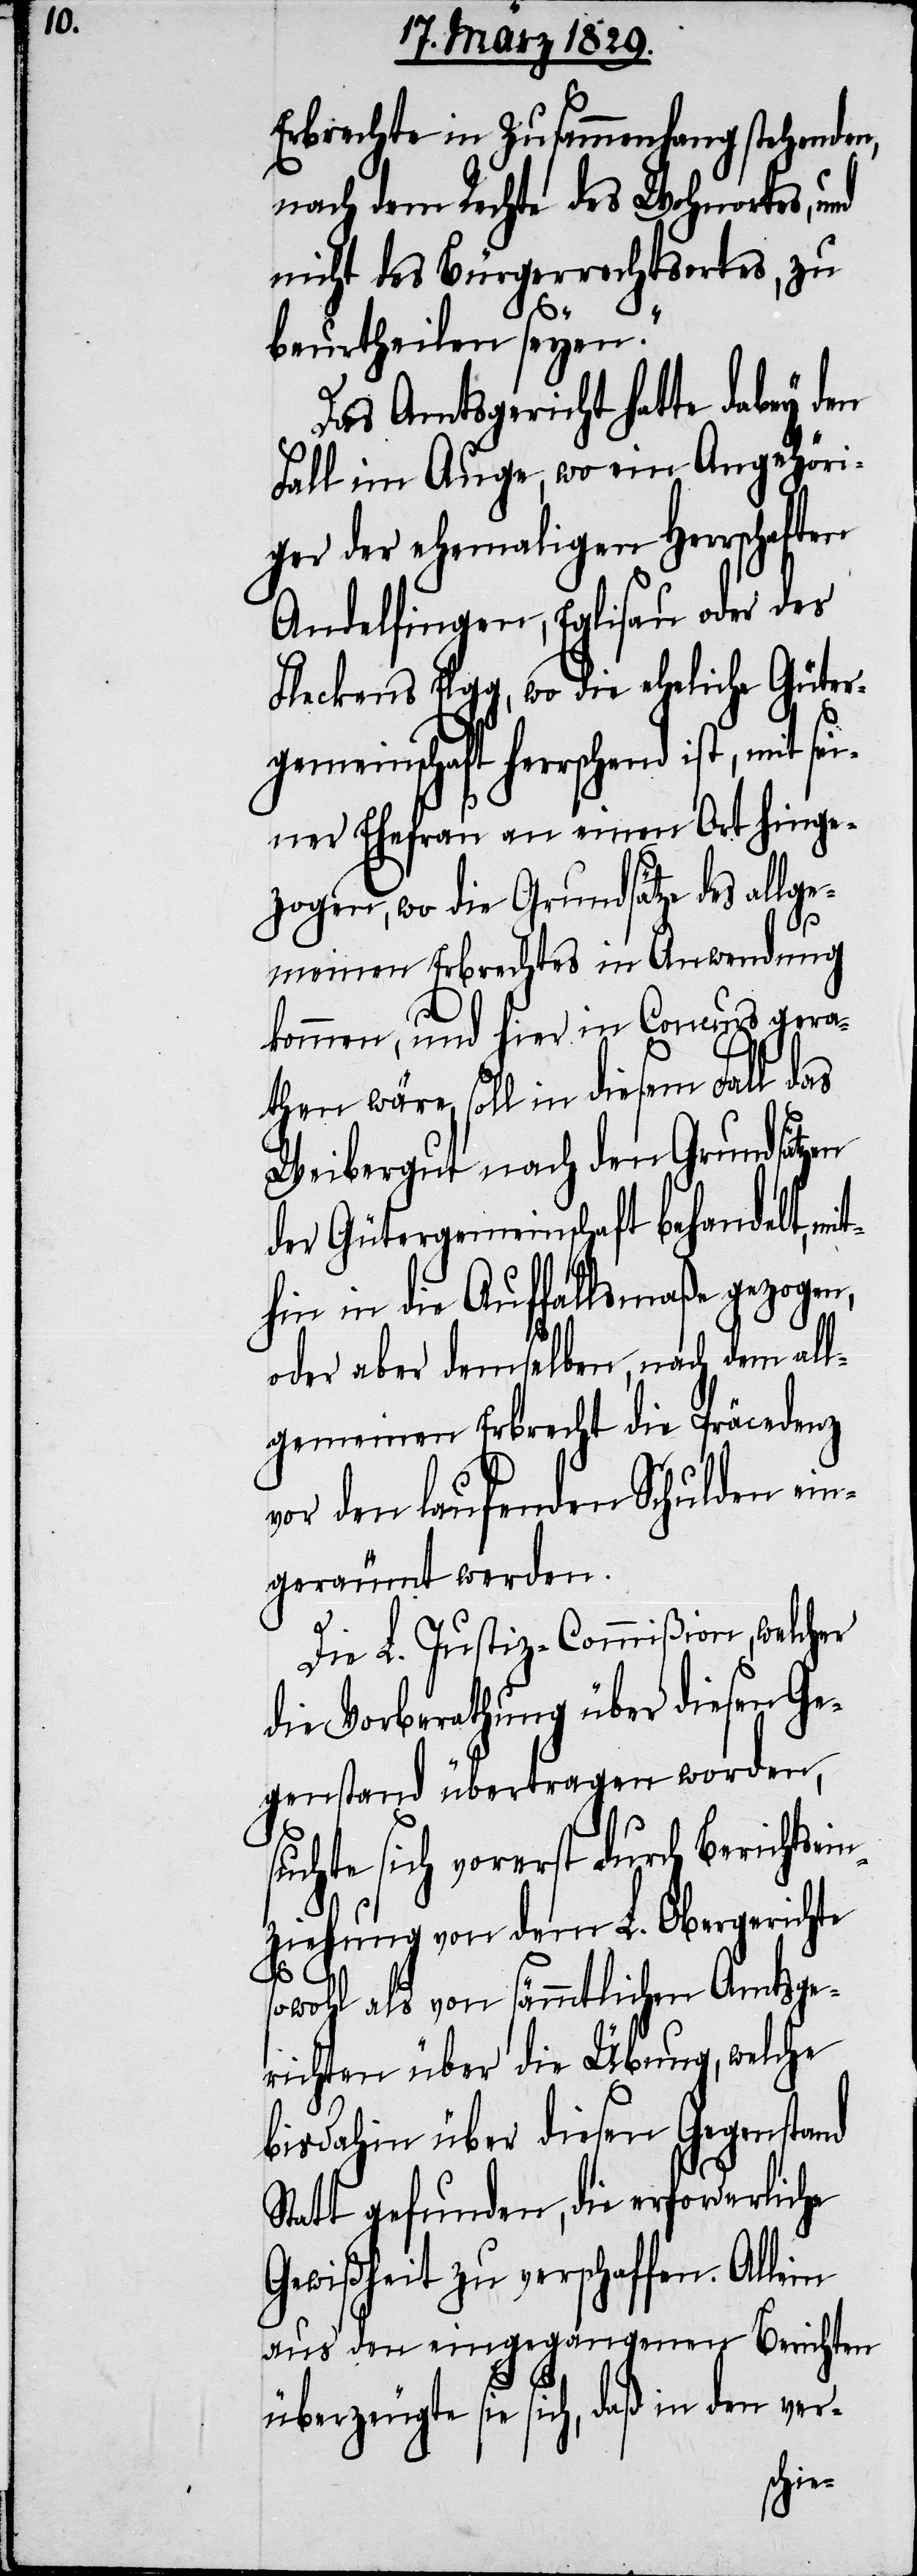
Erbrechte in Zusammenhang stehenden,
nach dem Rechte des Wohnortes, und
nicht des Bürgerrechtsortes, zu
beurtheilen seyen.“
Das Amtsgericht hatte dabey den
Fall im Auge, wo ein Angehöri¬
ger der ehemaligen Herrschaften
Andelfingen, Eglisau oder des
Fleckens Elgg, wo die eheliche Güter¬
gemeinschaft herrschend ist, mit sei¬
ner Ehefrau an einen Ort hinge¬
zogen, wo die Grundsätze des allge¬
meinen Erbrechtes in Anwendung
kommen, und hier in Concurs gera¬
then wäre, soll in diesem Fall das
Weibergut nach den Grundsätzen
der Gütergemeinschaft behandelt, mit¬
hin in die Auffallsmaße gezogen,
oder aber demselben, nach dem all¬
gemeinen Erbrecht die Präcedenz
vor den laufenden Schulden ein¬
geräumt werden.
Die L. Justiz-Commißion, welcher
die Vorberathung über diesen Ge¬
genstand übertragen worden,
suchte sich vorerst durch Berichtsei¬
nziehung von dem L. Obergerichte
sowohl als von sämmtlichen Amtsge¬
richten über die Übung, welche
bisdahin über diesen Gegenstand
Statt gefunden, die erforderliche
Gewißheit zu verschaffen. Allein
aus den eingegangenen Berichten
überzeugte sie sich, daß in den ver-